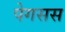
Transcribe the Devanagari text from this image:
पेगसस